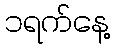
၁ရက်နေ့